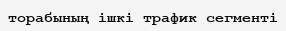
торабының ішкі трафик сегменті